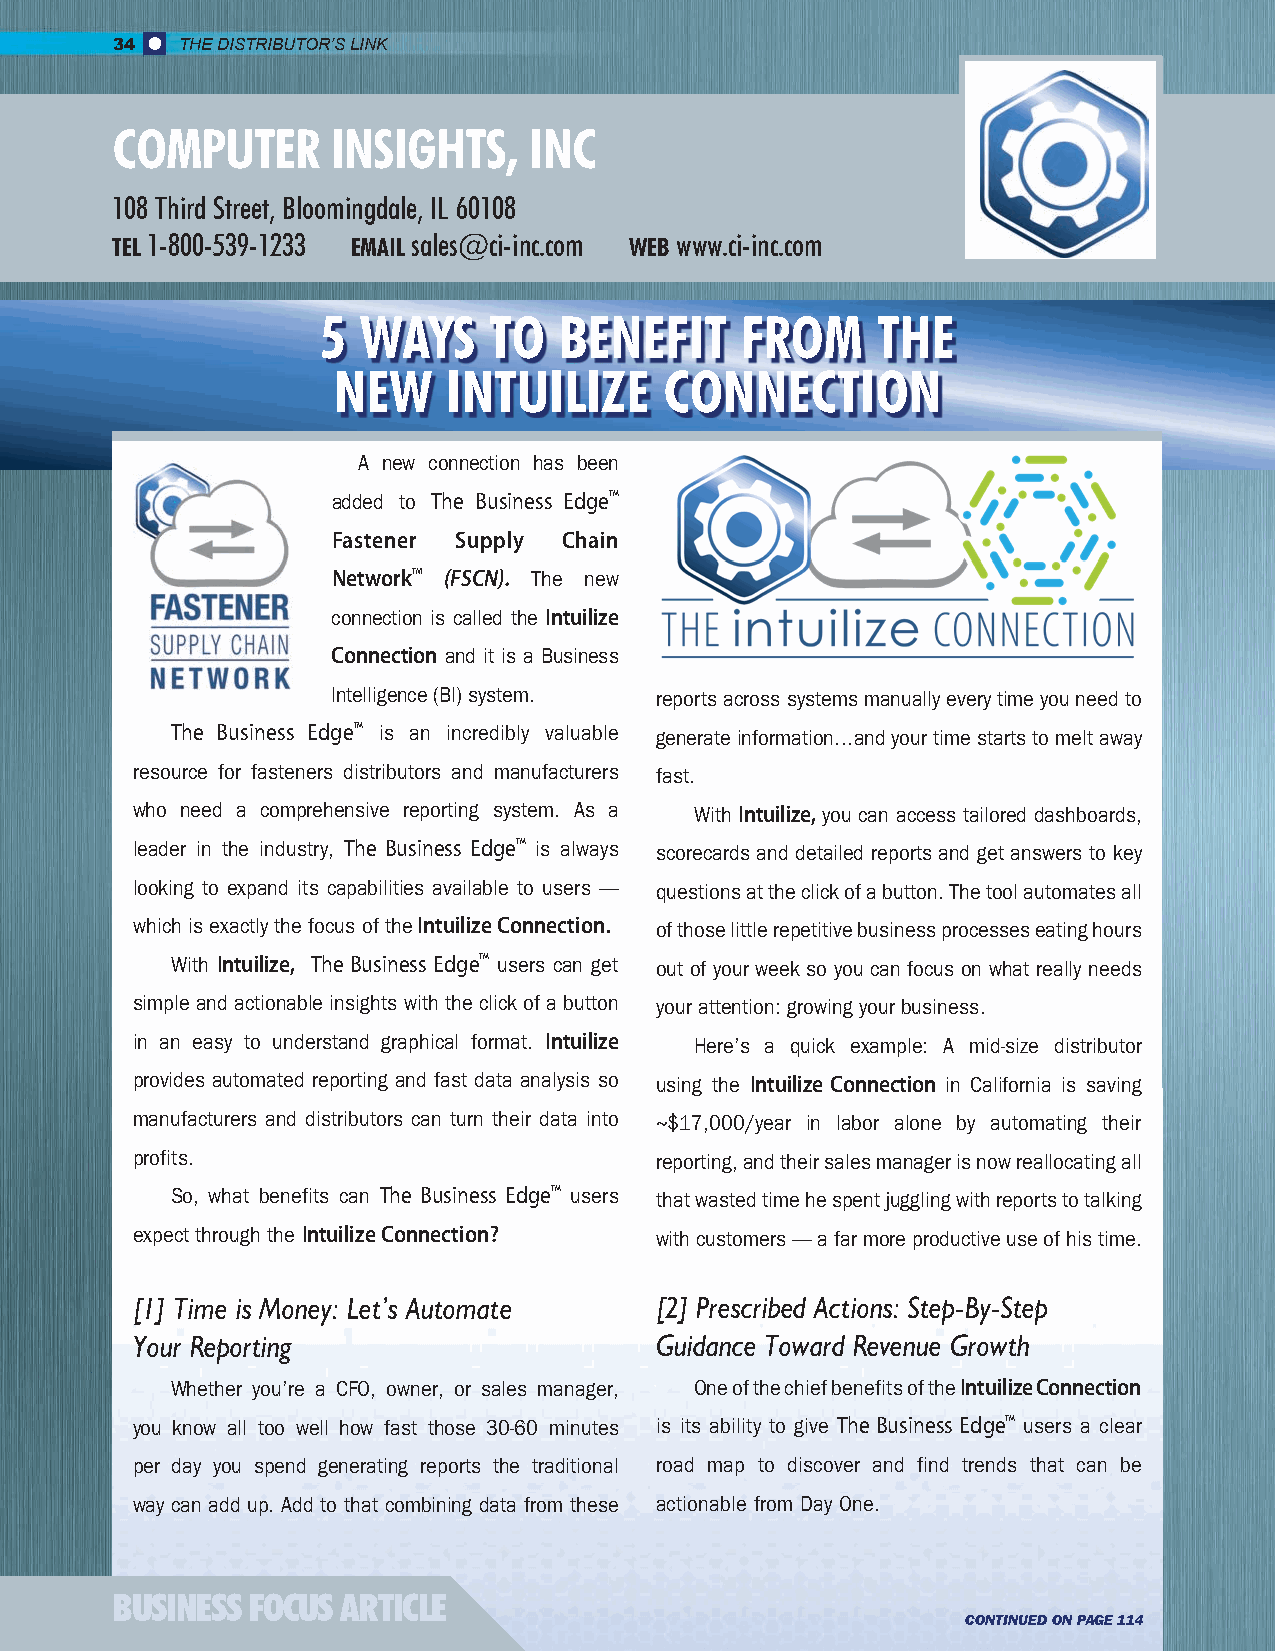
34   THE DISTRIBUTOR’S LINK
 COMPUTER       INSIGHTS,    INC
 108 Third Street, Bloomingdale, IL 60108
 TEL 1-800-539-1233 EMAIL sales@ci-inc.com WEB www.ci-inc.com
 5  WAYS    TO   BENEFIT     FROM     THE
 NEW     INTUILIZE     CONNECTION
 A new connection has been
 added to The Business EdgeTM
 Fastener Supply Chain
 NetworkTM (FSCN). The new
 connection is called the Intuilize
 Connection and it is a Business
 Intelligence (BI) system. reports across systems manually every time you need to
 The Business EdgeTM is an incredibly valuable generate information…and your time starts to melt away
 resource for fasteners distributors and manufacturers fast.
 who need a comprehensive reporting system. As a With Intuilize, you can access tailored dashboards,
 leader in the industry, The Business EdgeTM is always scorecards and detailed reports and get answers to key
 looking to expand its capabilities available to users — questions at the click of a button. The tool automates all
 which is exactly the focus of the Intuilize Connection. of those little repetitive business processes eating hours
 With Intuilize, The Business EdgeTM users can get out of your week so you can focus on what really needs
 simple and actionable insights with the click of a button your attention: growing your business.
 in an easy to understand graphical format. Intuilize Here’s a quick example: A mid-size distributor
 provides automated reporting and fast data analysis so using the Intuilize Connection in California is saving
 manufacturers and distributors can turn their data into ~$17,000/year in labor alone by automating their
 profits.                          reporting, and their sales manager is now reallocating all
 So, what benefits can The Business EdgeTM users that wasted time he spent juggling with reports to talking
 expect through the Intuilize Connection? with customers — a far more productive use of his time.
 [1] Time is Money: Let’s Automate [2] Prescribed Actions: Step-By-Step
 Your Reporting                    Guidance Toward Revenue Growth
 Whether you’re a CFO, owner, or sales manager, One of the chief benefits of the Intuilize Connection
 you know all too well how fast those 30-60 minutes is its ability to give The Business EdgeTM users a clear
 per day you spend generating reports the traditional road map to discover and find trends that can be
 way can add up. Add to that combining data from these actionable from Day One.
 BUSINESS FOCUS  ARTICLE
 CONTINUED ON PAGE 114